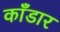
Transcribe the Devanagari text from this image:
काँडार